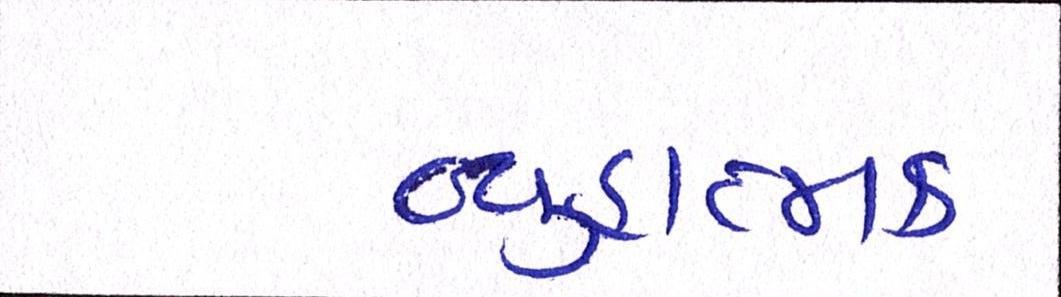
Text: વ્યૂહાત્મક